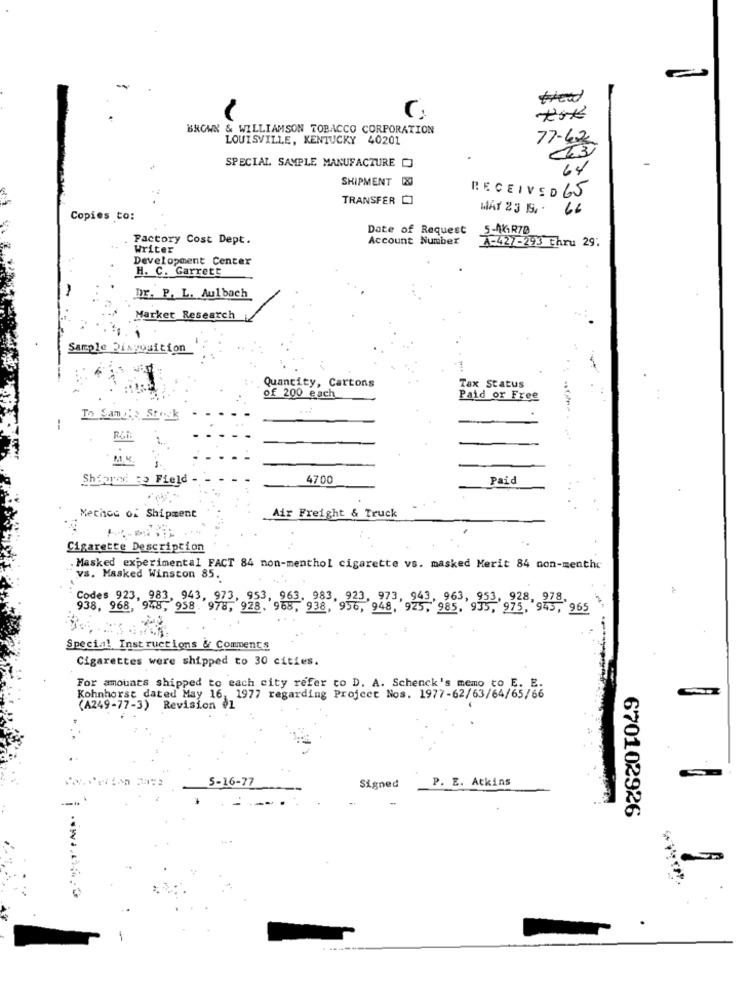
C
BROWN & WILLIAMSON TOBACCO CORPORATION
LOUISVILLE, KENTUCKY 40201
77-62
SPECIAL SAMPLE MANUFACTURE D
SHIPMENT 20
RECEIVED 65
TRANSFER C
MAY 23 S.
66
Copies to:
Date of Request
5-0KR7D
Factory Cost Dept.
Account Number
A-427-293 thru 29:
Writer
Development Center
H. C. Garrett
Dr. P. L. Aul bach
Market Research
Sample Dixposition
Quantity, Cartons
Tax Status
of 200 each
Paid or Free
To Sample Stock
--
R&N:
Shearad to Field -
4700
Paid
Air Freight & Truck
Method of Shipment
Cigarette Description
Masked experimental FACT 84 non-menthol cigarette vs. masked Merit 84 non-menthe
vs. Masked Winston 85.
Codes 923, 983, 943, 973, 953, 963, 983, 923, 973, 943, 963, 953, 938, 943, 965
938, 968, 948, 958. 978, 928. 968, 938, 956, 948, 925, 985. 935,
Special Instructions & Comments
Cigarettes were shipped to 30 cities.
For amounts shipped to each city refer to D. A. Schenck's memo to E. E.
Kohnhorst dated May 16, 1977 regarding Project Nos. 1977-62/63/64/65/66
(A249-77-3) Revision +1
5-16-77
P. E. Atkins
Signed
670102926